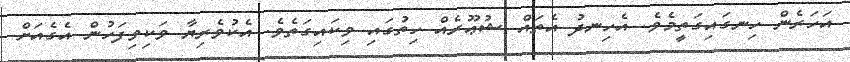
އަހަރެން ހިނގައިގަތީމެވެ. އެހިނދު އެތައް ޝުޢޫރެއް ހިތުގައި ވިކައިގަތެވެ. އެކުވެރިޔާ ވަކިވިފަހުން އެގެއަށް